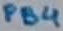
Text: PB4